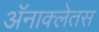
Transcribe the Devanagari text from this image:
अॅनाक्लेतस